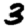
Digit: 3